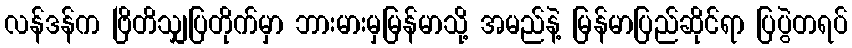
လန်ဒန်က ဗြိတိသျှပြတိုက်မှာ ဘားမားမှမြန်မာသို့ အမည်နဲ့ မြန်မာပြည်ဆိုင်ရာ ပြပွဲတရပ်